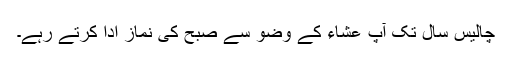
چالیس سال تک آپ عشاء کے وضو سے صبح کی نماز ادا کرتے رہے۔